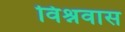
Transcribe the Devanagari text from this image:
विश्नवास